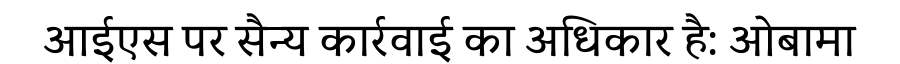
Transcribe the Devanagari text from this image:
आईएस पर सैन्य कार्रवाई का अधिकार है: ओबामा